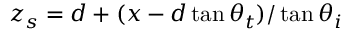
z _ { s } = d + ( x - d \tan \theta _ { t } ) / \tan \theta _ { i }